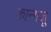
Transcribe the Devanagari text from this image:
कान्गजू